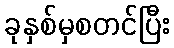
ခုနှစ်မှစတင်ပြီး